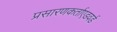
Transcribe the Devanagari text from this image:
प्रसारणकर्ताएडवर्ड